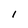
Character: 1